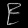
Digit: ၉